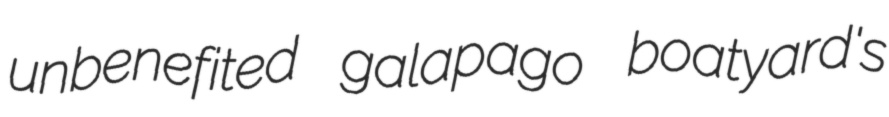
unbenefited galapago boatyard's